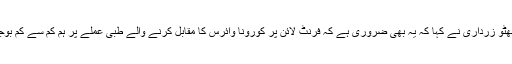
بلاول بھٹو زرداری نے کہا کہ یہ بھی ضروری ہے کہ فرنٹ لائن پر کورونا وائرس کا مقابل کرنے والے طبی عملے پر ہم کم سے کم بوجھ ہوں۔